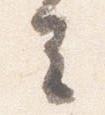
去